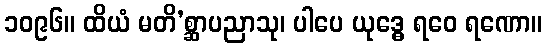
၁၀၉၆။ ထိယံ မတိ’စ္ဆာပညာသု၊ ပါပေ ယုဒ္ဓေ ရဝေ ရဏော။